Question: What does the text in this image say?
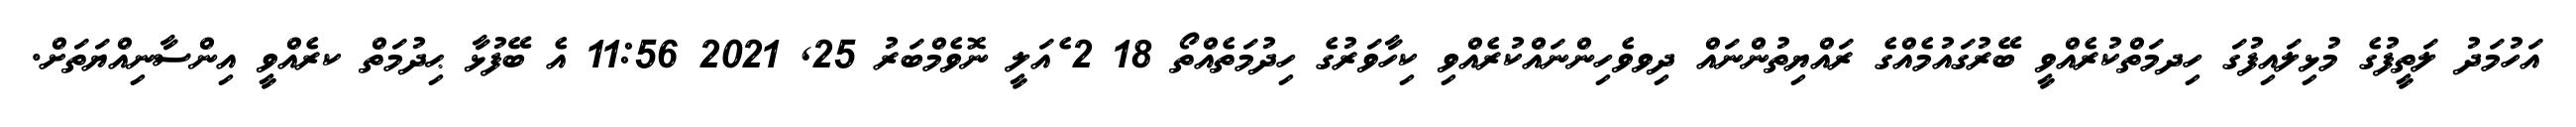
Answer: އަހުމަދު ލަތީފުގެ މުޅިލައިފުގަ ހިދމަތްކުރެއްވީ ބޭރުގައުމެއްގެ ރައްޔިތުންނައް ދިވވެހިންނައްކުރެއްވި ކިހާވަރުގެ ހިދުމަތެއްތޯ 18 2 ެއަލީ ނޮވެމްބަރު 25, 2021 11:56 އެ ބޭފުޅާ ޙިދުމަތް ކރެއްވީ އިންސާނިއްޔަތަށް.